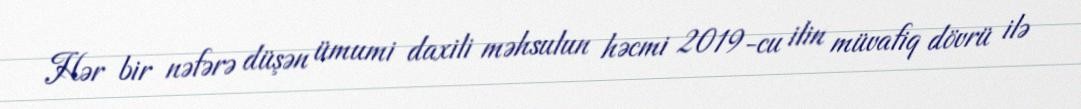
Hər bir nəfərə düşən ümumi daxili məhsulun həcmi 2019-cu ilin müvafiq dövrü ilə